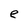
Character: e